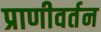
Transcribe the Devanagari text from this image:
प्राणीवर्तन